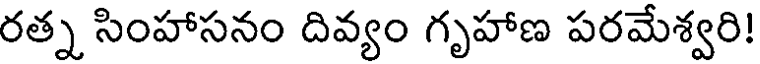
రత్న సింహాసనం దివ్యం గృహాణ పరమేశ్వరి!